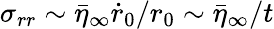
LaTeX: \sigma_{rr}\sim\bar{\eta}_{\infty}\dot{r}_{0}/r_{0}\sim\bar{\eta}_{\infty}/t